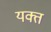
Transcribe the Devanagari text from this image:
यक्त